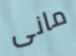
مانى